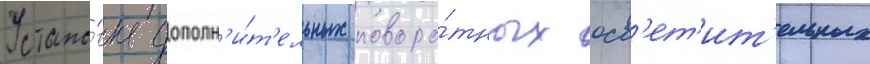
Устано́вка дополн'и́т'ельных поворо́тных осв'ет'ит'ельных